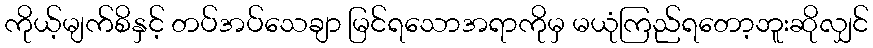
ကိုယ့်မျက်စိနှင့် တပ်အပ်သေချာ မြင်ရသောအရာကိုမှ မယုံကြည်ရတော့ဘူးဆိုလျှင်